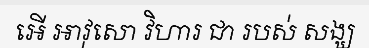
អើ អាវុសោ វិហារ ជា របស់ សង្ឃ